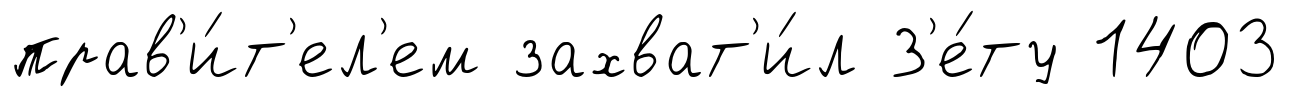
прав'и́т'ел'ем захват'и́л З'е́ту 1403